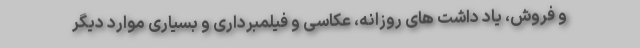
و فروش، یاد داشت های روزانه، عکاسی و فیلمبرداری و بسیاری موارد دیگر